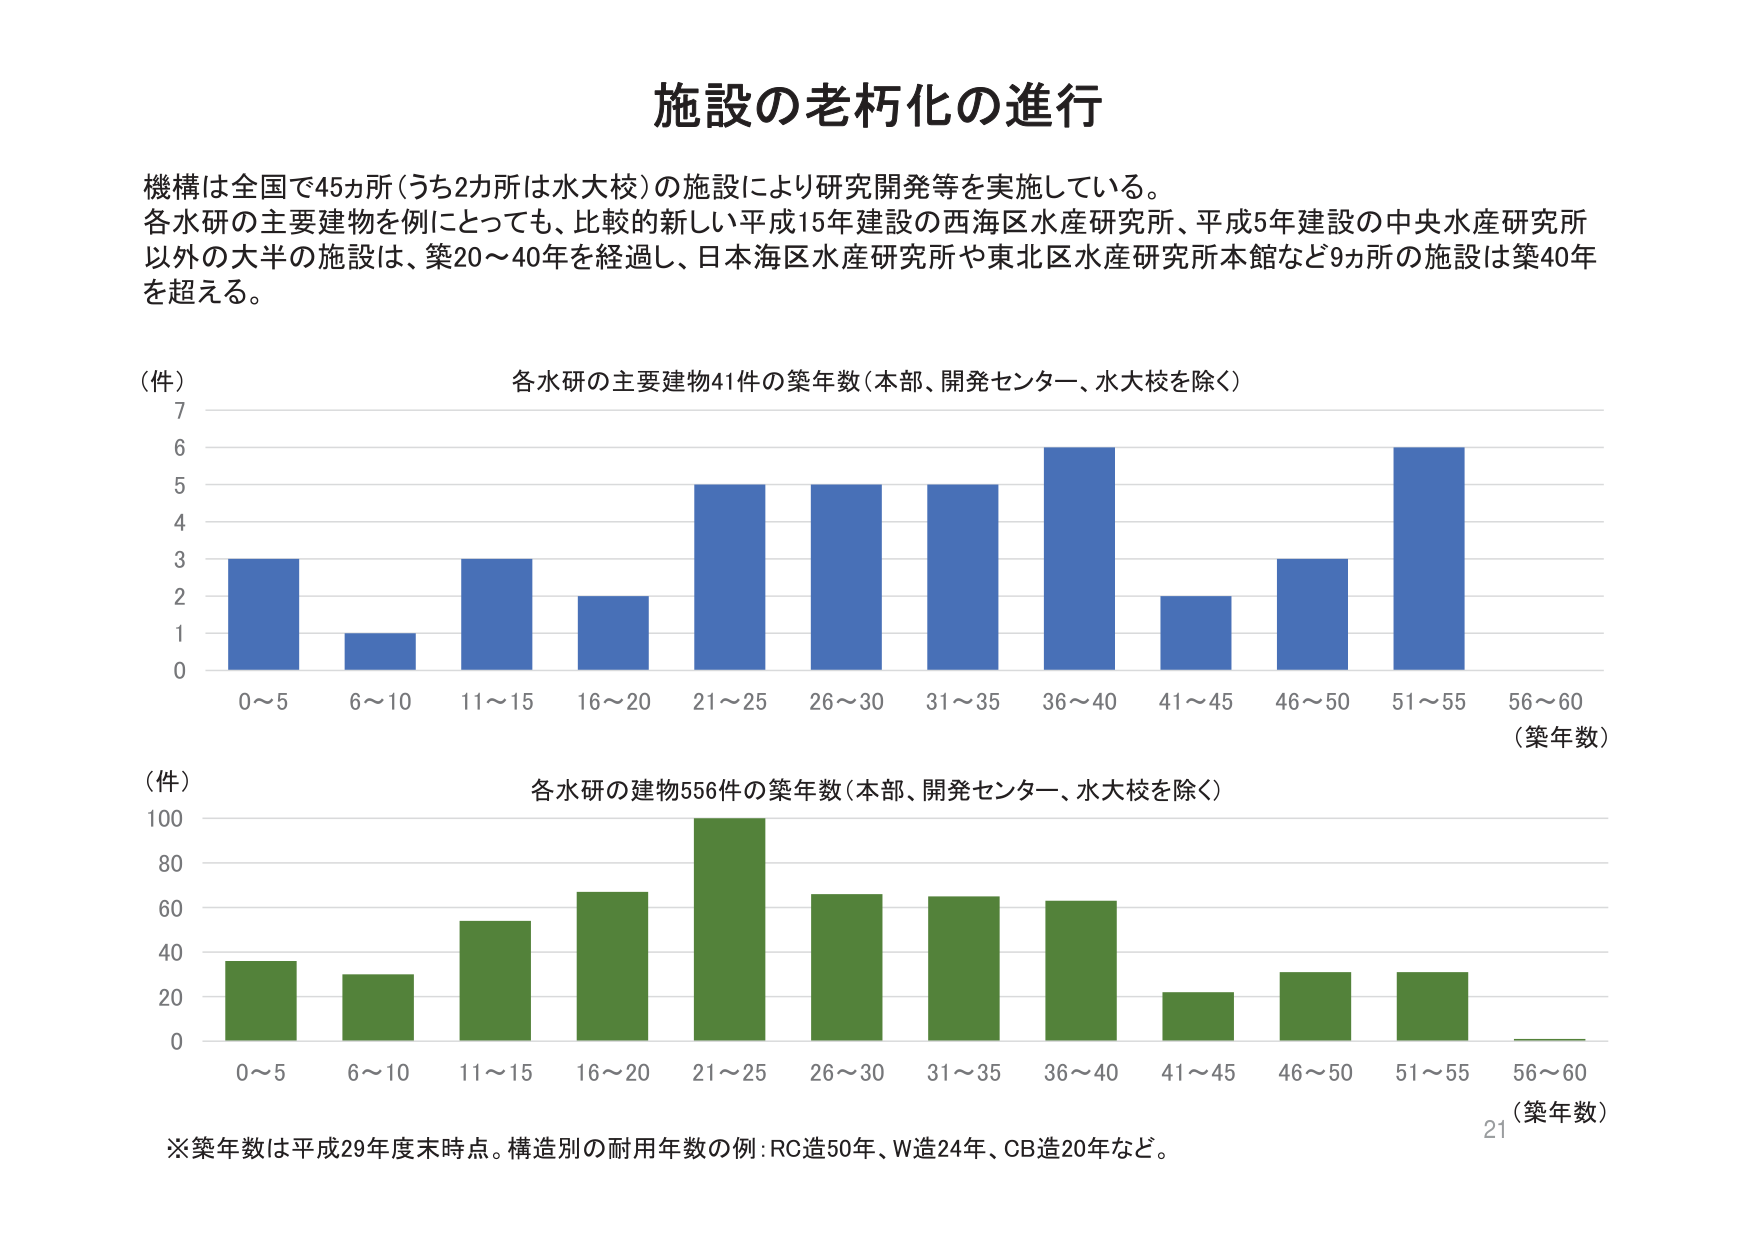
施設の老朽化の進行

機構は全国で45ヵ所（うち2ヵ所は水大校）の施設により研究開発等を実施している。
各水研の主要建物を例にとっても、比較的新しい平成15年建設の西海区水産研究所、平成5年建設の中央水産研究所
以外の大半の施設は、築20～40年を経過し、日本海区水産研究所や東北区水産研究所本館など9ヵ所の施設は築40年
を超える。

（件）
7
6
5
4
3
2
1
0
0～5　6～10　11～15　16～20　21～25　26～30　31～35　36～40　41～45　46～50　51～55　56～60
（築年数）
各水研の主要建物41件の築年数（本部、開発センター、水大校を除く）

（件）
100
80
60
40
20
0
0～5　6～10　11～15　16～20　21～25　26～30　31～35　36～40　41～45　46～50　51～55　56～60
（築年数）
各水研の建物556件の築年数（本部、開発センター、水大校を除く）

※築年数は平成29年度末時点。構造別の耐用年数の例：RC造50年、W造24年、CB造20年など。
21